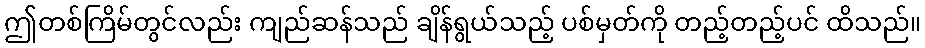
ဤတစ်ကြိမ်တွင်လည်း ကျည်ဆန်သည် ချိန်ရွယ်သည့် ပစ်မှတ်ကို တည့်တည့်ပင် ထိသည်။